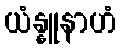
ယံန္နူနာဟံ